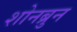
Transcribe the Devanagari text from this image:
शोनब्रुन